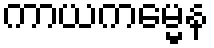
ကာယကမ္မေန